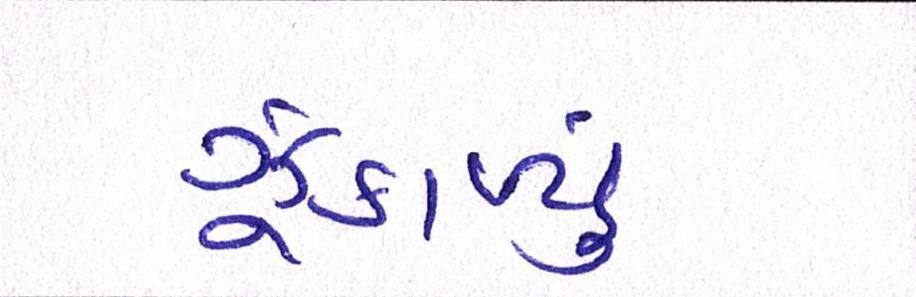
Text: ઝૂંકાવ્યું